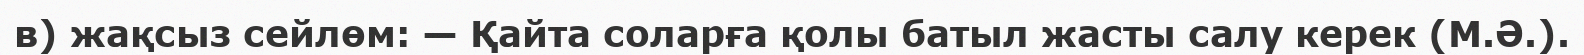
в) жақсыз сейлөм: — Қайта соларға қолы батыл жасты салу керек (М.Ә.).